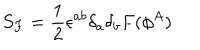
S _ { F } = { \frac { 1 } { 2 } } \epsilon ^ { a b } \delta _ { a } \delta _ { b } F ( \phi ^ { A } )